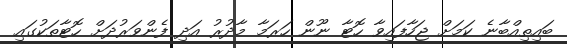
ބައިތިއްބާނެ ކަމަށް ޖަހާފައިވާ ހޮޓާ ނޫން ހަރަމާ މާދުރު އަދި ފެންވަރުދަށް ހޮޓާތަކުގައި